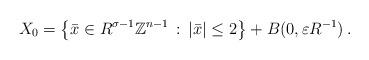
LaTeX: \begin{align*}X_0 = \big\{ \bar{x}\in R^{\sigma-1}\mathbb{Z}^{n-1}\,:\, |\bar{x}|\le 2\big\}+ B(0,\varepsilon R^{-1}) \, .\end{align*}